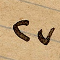
٢٧